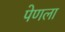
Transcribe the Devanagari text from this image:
पेणला